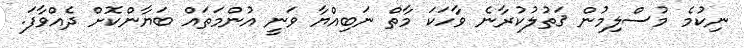
ނިކުމެ މުސްލިމުން ޤަތުލުކުރާނެ ވާހަކަ މާތް ނަބިއްޔާ ވަނީ އުންމަތައް ބަޔާންކޮށް ދެއްވާފަ.